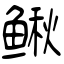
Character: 鳅